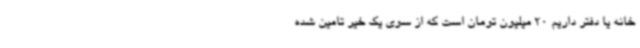
خانه یا دفتر داریم 20 میلیون تومان است که از سوی یک خیر تامین شده